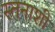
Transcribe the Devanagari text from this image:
स्तनाशी